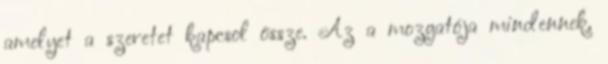
amelyet a szeretet kapcsol össze. Az a mozgatója mindennek,